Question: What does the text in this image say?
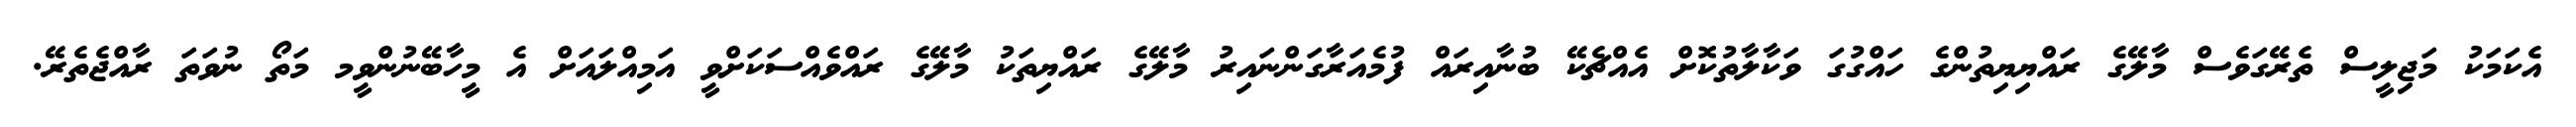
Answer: އެކަމަކު މަޖިލީސް ތެރޭގަވެސް މާލޭގެ ރައްޔިޔިތުންގެ ހައްގުގަ ވަކާލާތުކޮށް އެއްޗެކޭ ބުނާއިރައް ފުމެއަރާގަންނައިރު މާލޭގެ ރައްޔިތަކު މާލޭގެ ރައްވެއްސަކަށްވީ އަމިއްލައަށް އެ މީހާބޭނުންވީމ މަތޯ ނުވަތަ ރާއްޖެތެރޭ.